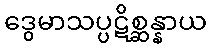
ဒွေမာသပ္ပဋိစ္ဆန္နာယ